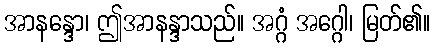
အာနန္ဒော၊ ဤအာနန္ဒာသည်။ အဂ္ဂံ အဂ္ဂေါ၊ မြတ်၏။